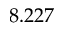
8 . 2 2 7